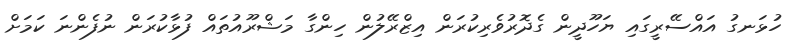
ހުޅަނގު އައްސޭރީގައި ޔަހޫދީން ގެދޮރުވެރިކުރަން އިޒްރޭލުން ހިންގާ މަޝްރޫއުތައް ފުޅާކުރަން ނުފެންނަ ކަމަށް